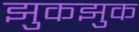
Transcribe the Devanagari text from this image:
झुकझुक